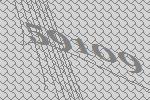
59109